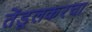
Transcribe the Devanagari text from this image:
तेंडूलकरचा